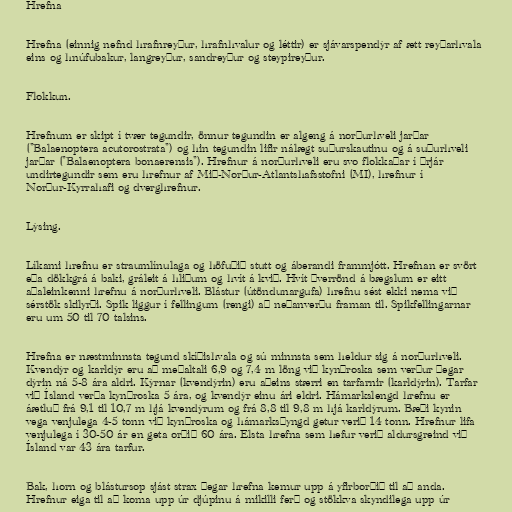
Hrefna

Hrefna (einnig nefnd hrafnreyður, hrafnhvalur og léttir) er sjávarspendýr af ætt reyðarhvala
eins og hnúfubakur, langreyður, sandreyður og steypireyður.

Flokkun.

Hrefnum er skipt í tvær tegundir, önnur tegundin er algeng á norðurhveli jarðar
("Balaenoptera acutorostrata") og hin tegundin lifir nálægt suðurskautinu og á suðurhveli
jarðar ("Balaenoptera bonaerensis"). Hrefnur á norðurhveli eru svo flokkaðar í þrjár
undirtegundir sem eru hrefnur af Mið-Norður-Atlantshafsstofni (MI), hrefnur í
Norður-Kyrrahafi og dverghrefnur.

Lýsing.

Líkami hrefnu er straumlínulaga og höfuðið stutt og áberandi frammjótt. Hrefnan er svört
eða dökkgrá á baki, gráleit á hliðum og hvít á kvið. Hvít þverrönd á bægslum er eitt
aðaleinkenni hrefnu á norðurhveli. Blástur (útöndunargufa) hrefnu sést ekki nema við
sérstök skilyrði. Spik liggur í fellingum (rengi) að neðanverðu framan til. Spikfellingarnar
eru um 50 til 70 talsins.

Hrefna er næstminnsta tegund skíðishvala og sú minnsta sem heldur sig á norðurhveli.
Kvendýr og karldýr eru að meðaltali 6,9 og 7,4 m löng við kynþroska sem verður þegar
dýrin ná 5-8 ára aldri. Kýrnar (kvendýrin) eru aðeins stærri en tarfarnir (karldýrin). Tarfar
við Ísland verða kynþroska 5 ára, og kvendýr einu ári eldri. Hámarkslengd hrefnu er
áætluð frá 9,1 til 10,7 m hjá kvendýrum og frá 8,8 til 9,8 m hjá karldýrum. Bæði kynin
vega venjulega 4-5 tonn við kynþroska og hámarksþyngd getur verið 14 tonn. Hrefnur lifa
venjulega í 30-50 ár en geta orðið 60 ára. Elsta hrefna sem hefur verið aldursgreind við
Ísland var 43 ára tarfur.

Bak, horn og blástursop sjást strax þegar hrefna kemur upp á yfirborðið til að anda.
Hrefnur eiga til að koma upp úr djúpinu á mikilli ferð og stökkva skyndilega upp úr